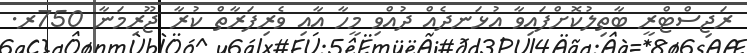
ރަޖިސްޓްރީ ބާތިލުކޮށްފައިވާ އުޅަނދެއް ދުއްވި މީހާ އާއި ވެރިފަރާތް ކުރާ ޖޫރިމަނާ 750ރ.